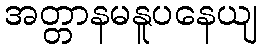
အတ္တာနမနူပနေယျ